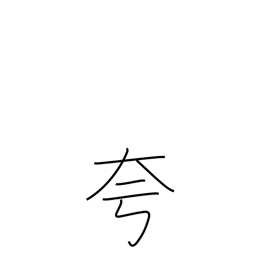
Meaning: boast